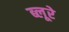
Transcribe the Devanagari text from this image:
ब्लूरे